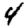
Digit: 4